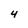
Character: 4